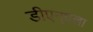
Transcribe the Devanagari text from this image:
डीएन्एला